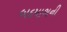
બદમાશની